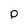
Character: p